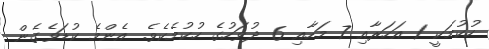
ހުކުމަކީ 1 އަހަރާއި 7 މަހާއި 6 ދުވަހުގެ ހުކުމެކެވެ. އެންމެ ކުޑަވެގެން